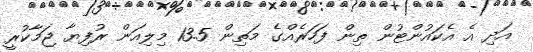
އަދި އެ އެކައުންޓުން ތިން ފަހަރެއްގެ މަތިން 13.5 މިލިއަން ރުފިޔާ ޖަމާކުރީ